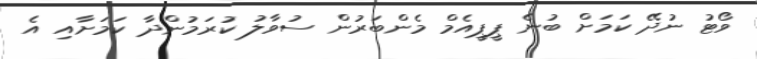
ވޯޓު ނުދޭ ކަމަށް ބުނެ ޕީޕީއެމް މެންބަރުން ސުވާލު ކުރަމުންދާ ކަމަށާއި އެ